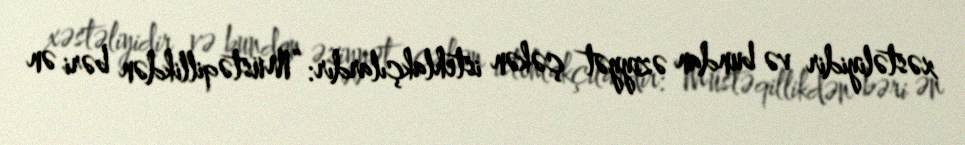
xəstəliyidir və bundan əziyyət çəkən istehlakçılardır: “Müstəqillikdən bəri ən